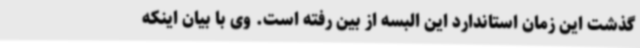
گذشت این زمان استاندارد این البسه از بین رفته است. وی با بیان اینکه